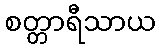
စတ္တာရီသာယ